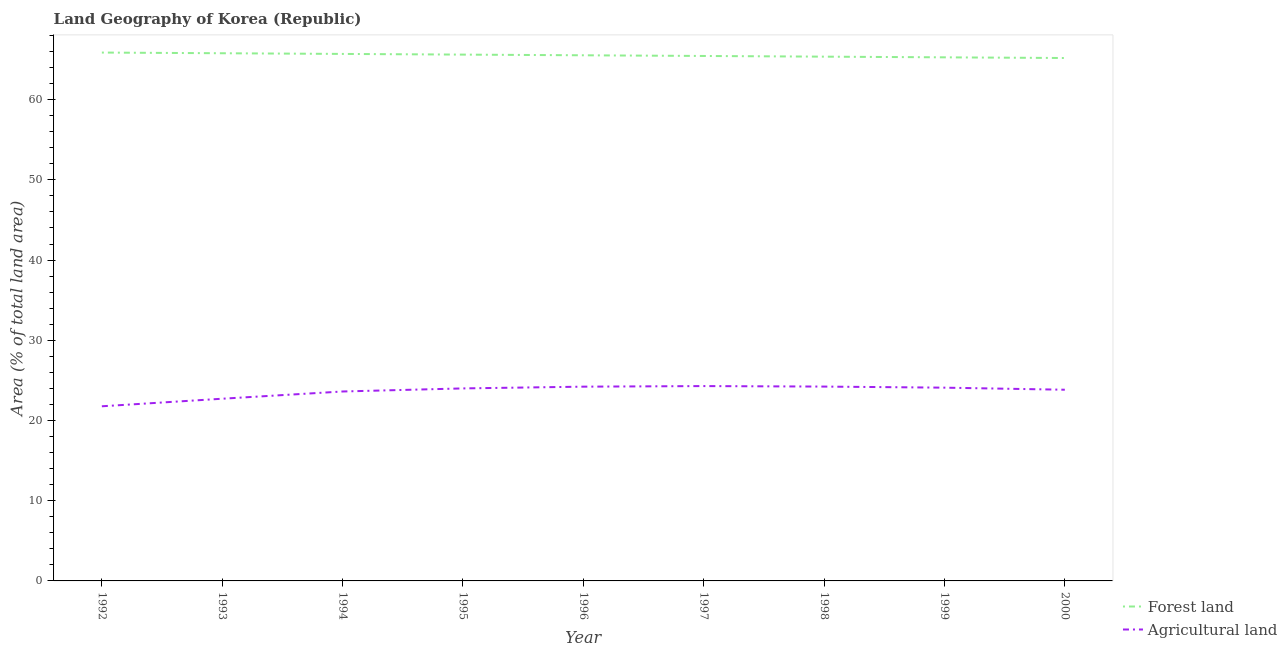
| Year | Forest land | Agricultural land |
 | --- | --- | --- |
 | 1992 | 65.9 | 21.8 |
 | 1993 | 65.8 | 22.7 |
 | 1994 | 65.7 | 23.6 |
 | 1995 | 65.6 | 24 |
 | 1996 | 65.5 | 24.2 |
 | 1997 | 65.4 | 24.3 |
 | 1998 | 65.4 | 24.2 |
 | 1999 | 65.3 | 24.1 |
 | 2000 | 65.2 | 23.8 |